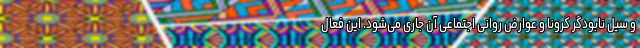
و سیل نابودگر کرونا و عوارض روانی اجتماعی آن جاری می‌شود. این فعال